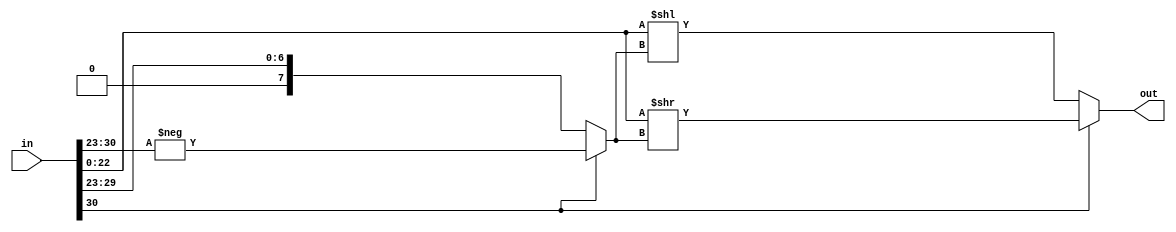
module float2index
#(
	parameter EXP = 8,
	parameter MAN = 23
)
(
	input  [MAN+EXP-1:0] in,
	output [MAN    -1:0] out
);

wire signed [EXP-1:0] e     = in[MAN+EXP-1:MAN];
wire        [MAN-1:0] m     = in[MAN    -1:  0];
wire        [EXP-1:0] shift = (e[EXP-1]) ? -e : e;

assign out = (e[EXP-1]) ? m >> shift : m << shift;

endmodule